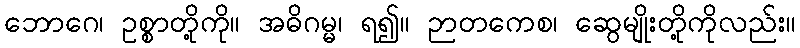
ဘောဂေ၊ ဥစ္စာတို့ကို။ အဓိဂမ္မ၊ ရ၍။ ဉာတကေစ၊ ဆွေမျိုးတို့ကိုလည်း။